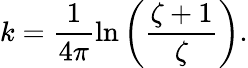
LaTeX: k=\frac{1}{4\pi}\ln{\left(\frac{\zeta+1}{\zeta}\right)}.